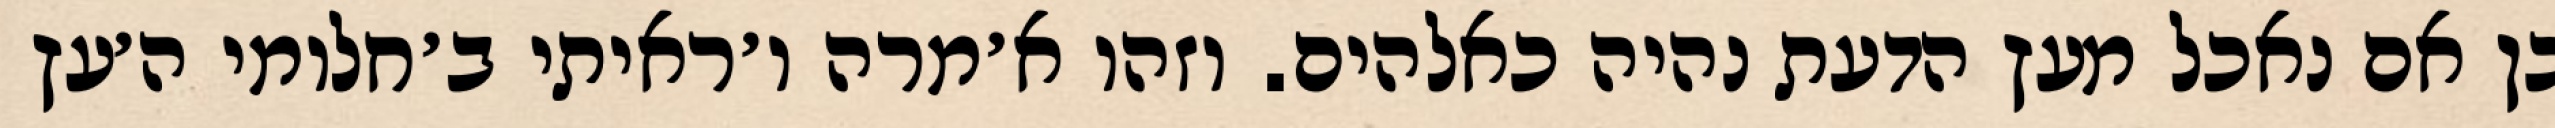
כן אם נאכל מעץ הדעת נהיה כאלהים. וזהו א׳מרה ו׳ראיתי ב׳חלומי ה׳עץ